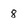
Character: 8